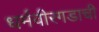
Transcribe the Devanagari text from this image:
धर्मवीरगडाची